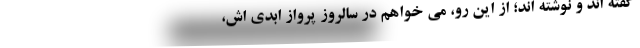
گفته اند و نوشته اند؛ از این رو، می خواهم در سالروز پرواز ابدی اش،